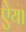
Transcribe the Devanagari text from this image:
ऐया